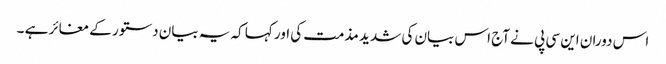
اس دوران این سی پی نے آج اس بیان کی شدید مذمت کی اور کہا کہ یہ بیان دستور کے مغائر ہے ۔